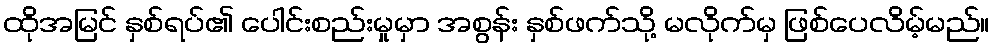
ထိုအမြင် နှစ်ရပ်၏ ပေါင်းစည်းမှုမှာ အစွန်း နှစ်ဖက်သို့ မလိုက်မှ ဖြစ်ပေလိမ့်မည်။